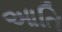
આતિ